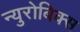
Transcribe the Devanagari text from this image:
न्युरोबिक्स